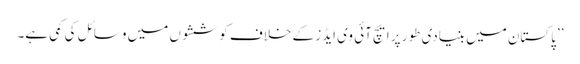
’’پاکستان میں بنیادی طور پر ایچ آئی وی ایڈز کے خلاف کوششوں میں وسائل کی کمی ہے۔